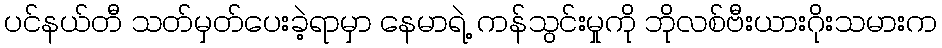
ပင်နယ်တီ သတ်မှတ်ပေးခဲ့ရာမှာ နေမာရဲ့ ကန်သွင်းမှုကို ဘိုလစ်ဗီးယားဂိုးသမားက